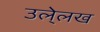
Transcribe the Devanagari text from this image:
उले्लख